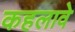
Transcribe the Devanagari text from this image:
कहलावे